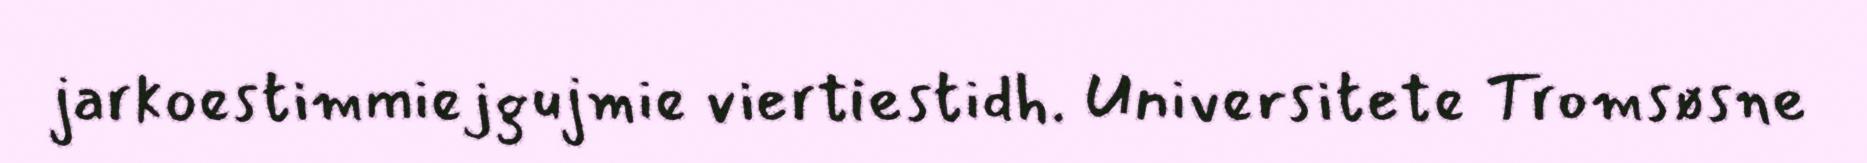
jarkoestimmiejgujmie viertiestidh. Universitete Tromsøsne